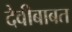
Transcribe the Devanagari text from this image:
देवीबाबत